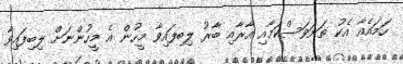
ހަމައެއާ އެކު ތަނަވަސްކަމާއި އާރާއި ބާރު ލިބިފައިވާ މީހުން އެ މީހުންނަށް ލިބިފައިވާ